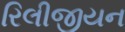
રિલીજીયન